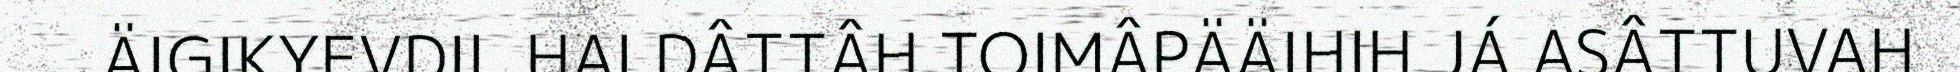
ÄIGIKYEVDIL HALDÂTTÂH TOIMÂPÄÄIHIH JÁ ASÂTTUVAH